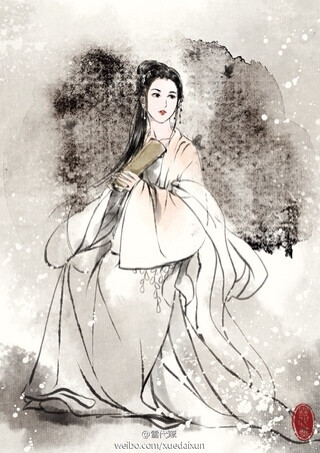
海燕未来人斗草，江梅已过柳生绵。